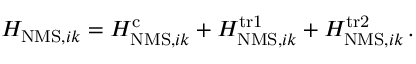
\begin{array} { r } { H _ { \mathrm { N M S } , i k } = H _ { \mathrm { N M S } , i k } ^ { \mathrm { c } } + H _ { \mathrm { N M S } , i k } ^ { \mathrm { t r 1 } } + H _ { \mathrm { N M S } , i k } ^ { \mathrm { t r 2 } } \, . } \end{array}